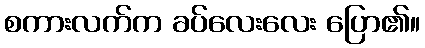
စကားလက်က ခပ်လေးလေး ပြော၏။